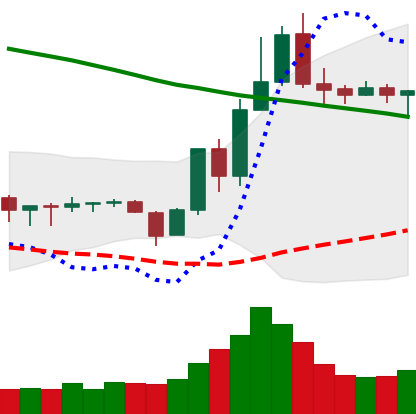
Ticker: TRX-USD
Chart end date: 2019-11-04
Forward return: -4.372%
Label: down_3_5